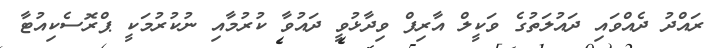
ރައްދު ދެއްވައި ދައުލަތުގެ ވަކީލް އާރިފް ވިދާޅުވީ ދައުވާ ކުރުމާއި ނުކުރުމަކީ ޕްރޮސެކިއުޓާ